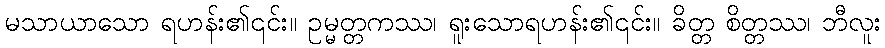
မသာယာသော ရဟန်း၏၎င်း။ ဥမ္မတ္တကဿ၊ ရူးသောရဟန်း၏၎င်း။ ခိတ္တ စိတ္တဿ၊ ဘီလူး